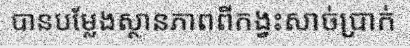
បានបម្លែងស្ថានភាពពីកង្វះសាច់ប្រាក់